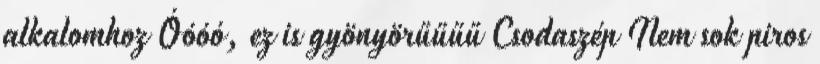
alkalomhoz Óóóó, ez is gyönyörűűűű Csodaszép Nem sok piros